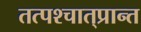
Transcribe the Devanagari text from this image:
तत्पश्‍चात्‌प्रान्त